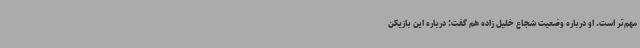
مهم‌تر است. او درباره وضعیت شجاع خلیل زاده هم گفت: درباره این بازیکن